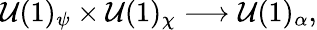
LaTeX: \mathcal{U}(1)_{\psi}\times\mathcal{U}(1)_{\chi}\longrightarrow\mathcal{U}(1)_{\alpha},